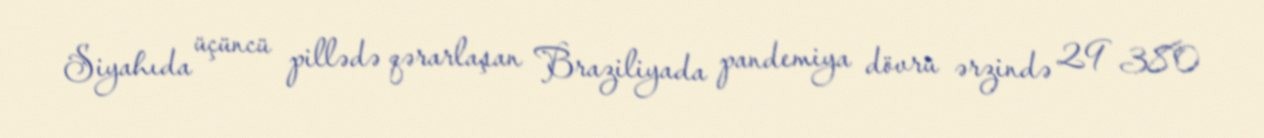
Siyahıda üçüncü pillədə qərarlaşan Braziliyada pandemiya dövrü ərzində 29 380